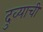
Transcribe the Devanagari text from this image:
दुव्याची